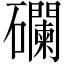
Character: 䃹